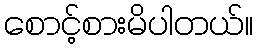
စောင့်စားမိပါတယ်။